Scientific memoirs by medical officers of the Army of India - Part IV,
Year: 1889
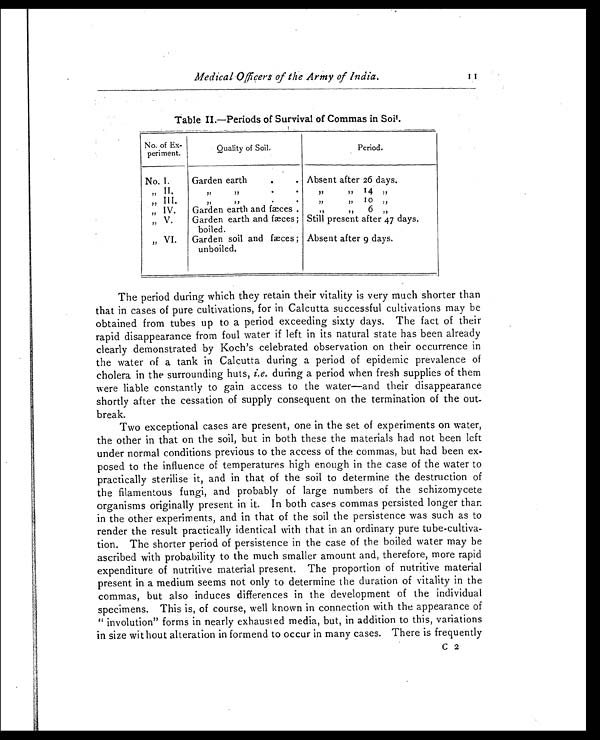
Medical Officers of the Army of India.
Table II.—Periods of Survival of Commas in Soil.
No. of Ex-
periment.
Quality of Soil.
Period.
No. I.
Garden earth
. . Absent after 26 days.
"
II.
, ,
, ,
.
.
, ,
, ,
14 , ,
" III .
, , , ,
.
•
, ,
, ,
10 , ,
„
IV.
Garden earth and fæces .
, ,
, ,
6 , ,
„
V.
Garden earth and faces;
boiled.
Still present after 47 days.
„ VI.
Garden soil and fæces
unboiled.
; Absent after 9 days.
The period during which they retain their vitality is very much shorter than
that in cases of pure cultivations, for in Calcutta successful cultivations may be
obtained from tubes up to a period exceeding sixty days. The fact of their
rapid disappearance from foul water if left in its natural state has been already
clearly demonstrated by Koch's celebrated observation on their occurrence in
the water of a tank in Calcutta during a period of epidemic prevalence of
cholera in the surrounding huts, i.e. during a period when fresh supplies of them
were liable constantly to gain access to the water—and their disappearance
shortly after the cessation of supply consequent on the termination of the out-
break.
Two exceptional cases are present, one in the set of experiments on water,
the other in that on the soil, but in both these the materials had not been left
under normal conditions previous to the access of the commas, but had been ex-
posed to the influence of temperatures high enough in the case of the water to
practically sterilise it, and in that of the soil to determine the destruction of
the filamentous fungi, and probably of large numbers of the schizomycete
organisms originally present in it. In both cases commas persisted longer than
in the other experiments, and in that of the soil the persistence was such as to
render the result practically identical with that in an ordinary pure tube-cultiva-
tion. The shorter period of persistence in the case of the boiled water may be
ascribed with probability to the much smaller amount and, therefore, more rapid
expenditure of nutritive material present. The proportion of nutritive material
present in a medium seems not only to determine the duration of vitality in the
commas, but also induces differences in the development of the individual
specimens. This is, of course, well known in connection with the appearance of
" involution" forms in nearly exhausted media, but, in addition to this, variations
in size wit bout alteration in formend to occur in many cases. There is frequently
C 2